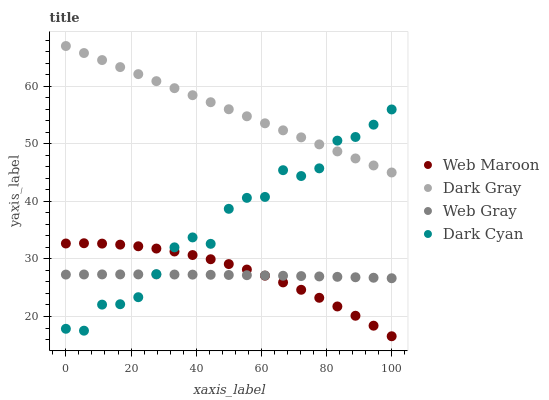
| xaxis_label | Web Maroon | Dark Gray | Web Gray | Dark Cyan |
 | --- | --- | --- | --- | --- |
 | 0 | 32.7 | 67 | 27.3 | 17.9 |
 | 5.56 | 32.7 | 65.8 | 27.3 | 17.5 |
 | 11.1 | 32.7 | 64.6 | 27.3 | 22.1 |
 | 16.7 | 32.5 | 63.3 | 27.3 | 22.1 |
 | 22.2 | 32.2 | 62.1 | 27.3 | 23.4 |
 | 27.8 | 31.8 | 60.9 | 27.3 | 27.4 |
 | 33.3 | 31.3 | 59.7 | 27.3 | 32 |
 | 38.9 | 30.7 | 58.5 | 27.3 | 33.7 |
 | 44.4 | 30 | 57.2 | 27.2 | 32.6 |
 | 50 | 29.1 | 56 | 27.2 | 38.7 |
 | 55.6 | 28.2 | 54.8 | 27.2 | 40.6 |
 | 61.1 | 27.1 | 53.6 | 27.1 | 40.8 |
 | 66.7 | 25.9 | 52.3 | 27.1 | 45.4 |
 | 72.2 | 24.6 | 51.1 | 27 | 44.4 |
 | 77.8 | 23.3 | 49.9 | 27 | 45.7 |
 | 83.3 | 21.7 | 48.7 | 26.9 | 50.6 |
 | 88.9 | 20.1 | 47.5 | 26.8 | 51.2 |
 | 94.4 | 18.4 | 46.2 | 26.7 | 53.3 |
 | 100 | 16.6 | 45 | 26.7 | 56 |